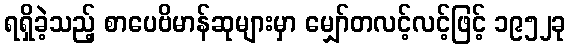
ရရှိခဲ့သည့် စာပေဗိမာန်ဆုများမှာ မျှော်တလင့်လင့်ဖြင့် ၁၉၅၂ခု